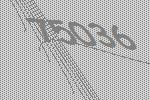
75036